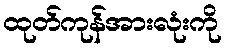
ထုတ်ကုန်အားလုံးကို